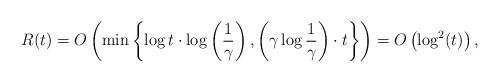
LaTeX: \begin{align*}R(t)= O\left( \min\left\{\log t \cdot \log\left(\frac{1}{\gamma}\right),\left(\gamma\log\frac{1}{\gamma}\right)\cdot t\right\}\right)= O\left(\log^2(t)\right),\end{align*}